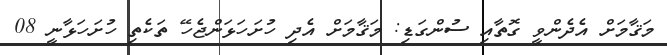
މަޤާމަށް އެދެންވީ ގޮތާއި ސުންގަޑި: މަޤާމަށް އެދި ހުށަހަޅަންޖެހޭ ތަކެތި ހުށަހަޅާނީ 08